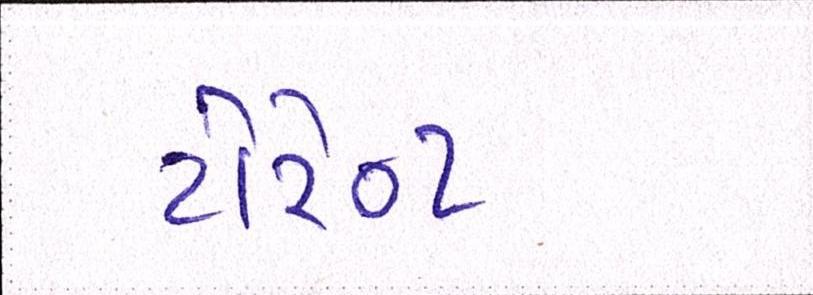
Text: ટોરેન્ટ